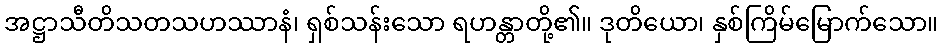
အဋ္ဌာသီတိသတသဟဿာနံ၊ ရှစ်သန်းသော ရဟန္တာတို့၏။ ဒုတိယော၊ နှစ်ကြိမ်မြောက်သော။